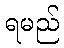
ရမည်